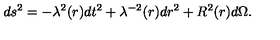
d s ^ { 2 } = - { \lambda } ^ { 2 } ( r ) d t ^ { 2 } + { \lambda } ^ { - 2 } ( r ) d r ^ { 2 } + R ^ { 2 } ( r ) d { \Omega } .